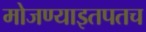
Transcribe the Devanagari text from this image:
मोजण्याइतपतच